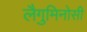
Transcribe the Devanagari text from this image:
लैगुमिनोसी